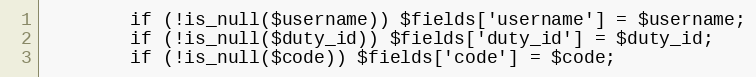
Language: PHP
        if (!is_null($username)) $fields['username'] = $username;
        if (!is_null($duty_id)) $fields['duty_id'] = $duty_id;
        if (!is_null($code)) $fields['code'] = $code;